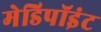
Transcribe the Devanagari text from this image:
मेडिपॉइंट